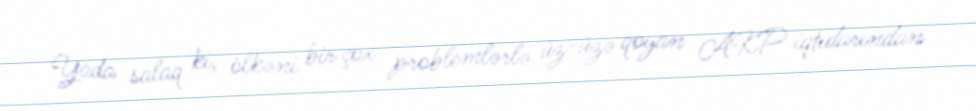
Yada salaq ki, ölkəni bir çox problemlərlə üz-üzə qoyan AKP iqtidarından